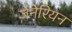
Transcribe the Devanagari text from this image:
जेनेरियन